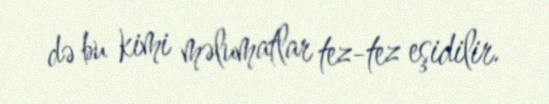
də bu kimi məlumatlar tez-tez eşidilir.